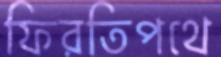
ফিরতিপথে